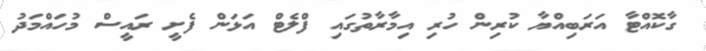
ގާކޮއްޓާ އަރަބިއްޔާ ކުރިން ހުރި އިމާރާތުގައި ފްލެޓް އަޅަން ފެށީ ރައީސް މުހައްމަދު